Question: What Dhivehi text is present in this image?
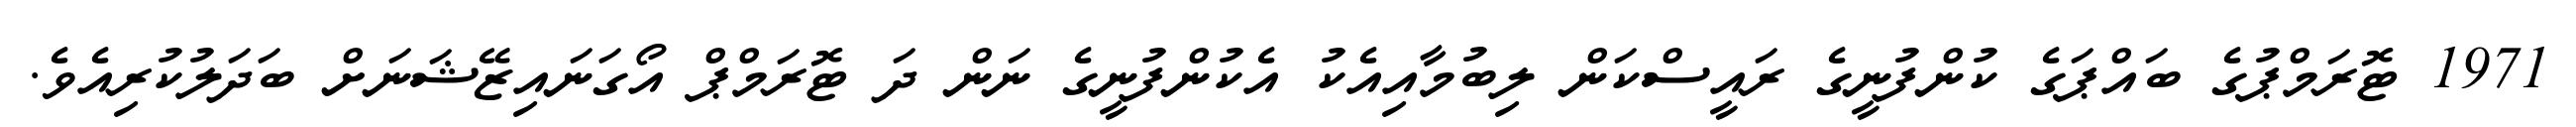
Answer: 1971 ޓޮރަމްޕުގެ ބައްޕަގެ ކުންފުނީގެ ރައީސްކަން ލިބުމާއިއެކު އެކުންފުނީގެ ނަން ދަ ޓޮރަމްޕް އޯގަނައިޒޭޝަނަށް ބަދަލުކުރިއެވެ.